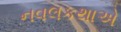
નવલકથાએ